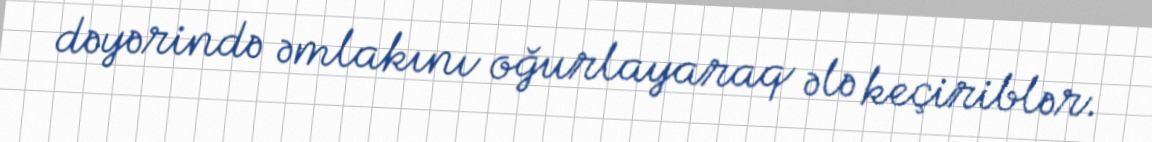
dəyərində əmlakını oğurlayaraq ələ keçiriblər.